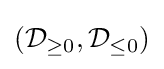
({\mathcal {D}}_{\geq 0},{\mathcal {D}}_{\leq 0})